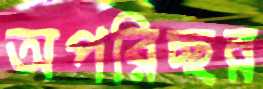
অপরিচ্ছন্ন